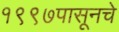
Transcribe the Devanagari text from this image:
१९९७पासूनचे